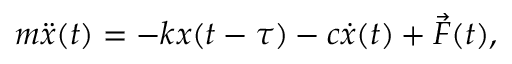
m \ddot { x } ( t ) = - k x ( t - \tau ) - c \dot { x } ( t ) + \vec { F } ( t ) ,